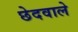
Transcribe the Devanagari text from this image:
छेदवाले